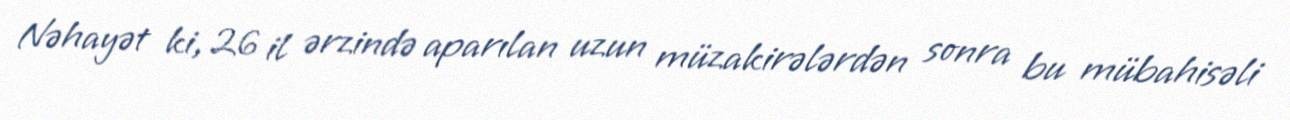
Nəhayət ki, 26 il ərzində aparılan uzun müzakirələrdən sonra bu mübahisəli